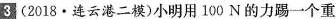
3(2018 \cdot 连云港二模)小明用100N的力踢一个重